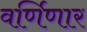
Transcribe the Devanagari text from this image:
वर्णिणार